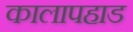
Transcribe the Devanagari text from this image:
कालापहाड